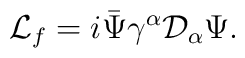
{\cal L}_{f} = i \bar{\Psi}\gamma^{\alpha}{\cal D}_{\alpha} \Psi.